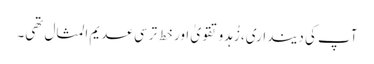
آپ کی دینداری، زُہدو تقویٰ اور خط ترسی عدیم المثال تھی۔